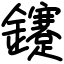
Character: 鑳